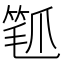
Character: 𬋰